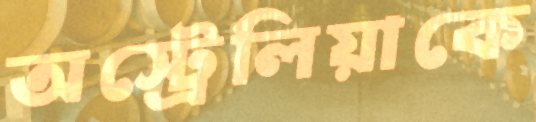
অস্ট্রেলিয়াকে